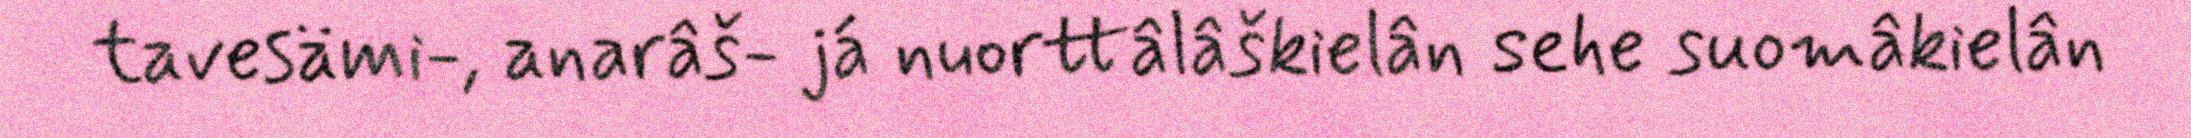
tavesämi-, anarâš- já nuorttâlâškielân sehe suomâkielân